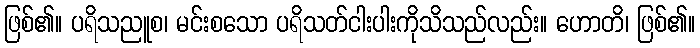
ဖြစ်၏။ ပရိသညူစ၊ မင်းစသော ပရိသတ်ငါးပါးကိုသိသည်လည်း။ ဟောတိ၊ ဖြစ်၏။